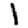
Digit: 1